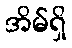
အိမ်ရှိ